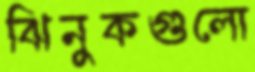
ঝিনুকগুলো